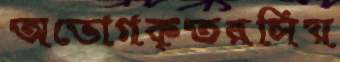
অভোগকৃতরসিয়